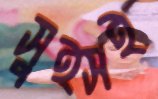
সুইসই